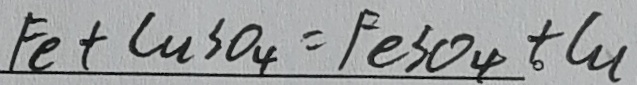
F e + C u S O _ { 4 } = F e S O _ { 4 } + C u l